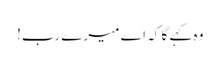
وہ کہے گا کہ اے میرے رب!